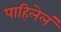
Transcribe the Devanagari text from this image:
पाहिलेलं